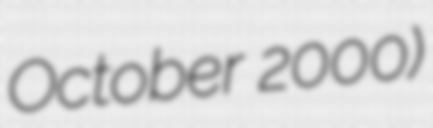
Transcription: October 2000)